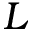
L